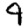
Digit: 9